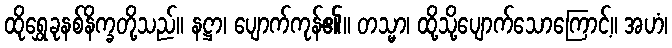
ထိုရွှေခုနစ်နိက္ခတို့သည်။ နဋ္ဌာ၊ ပျောက်ကုန်၏။ တသ္မာ၊ ထို့သို့ပျောက်သောကြောင့်။ အဟံ၊